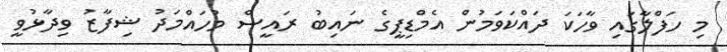
މި ހަފްލާގައި ވާހަކަ ދައްކަވަމުން އެމްޑިޕީގެ ނައިބު ރައީސް މުހައްމަދު ޝިފާޒު ވިދާޅުވީ